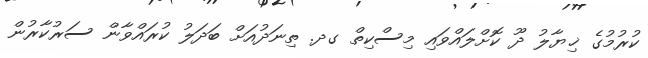
ކުރުމުގެ ޚިޔާލު ދޫ ކޮށްލައްވައި މިސްކިތް ގދ. ތިނަދުއަށް ބަދަލު ކުރައްވާން ސަރުކާރުން